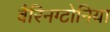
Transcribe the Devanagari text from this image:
बैरिनग्टोनिया